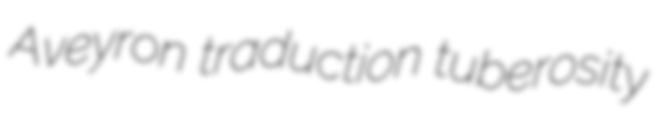
Aveyron traduction tuberosity